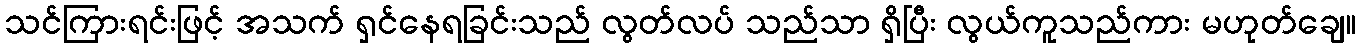
သင်ကြားရင်းဖြင့် အသက် ရှင်နေရခြင်းသည် လွတ်လပ် သည်သာ ရှိပြီး လွယ်ကူသည်ကား မဟုတ်ချေ။